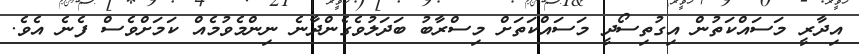
އިދާރީ މަސައްކަތުން އިގުތިސޯދީ މަސައްކަތަށް މިސްރާބު ބަދަލުވެގެންދާނެ ނިންމެވުމެއް ކަމަށްވެސް ފެނެ އެވެ.